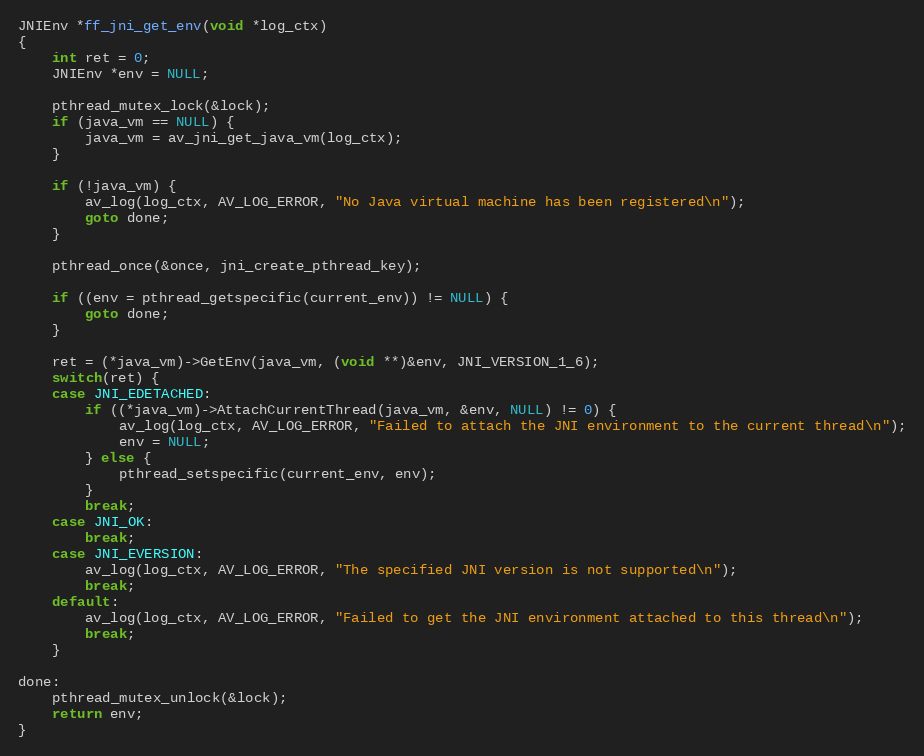
Language: C
JNIEnv *ff_jni_get_env(void *log_ctx)
{
    int ret = 0;
    JNIEnv *env = NULL;

    pthread_mutex_lock(&lock);
    if (java_vm == NULL) {
        java_vm = av_jni_get_java_vm(log_ctx);
    }

    if (!java_vm) {
        av_log(log_ctx, AV_LOG_ERROR, "No Java virtual machine has been registered\n");
        goto done;
    }

    pthread_once(&once, jni_create_pthread_key);

    if ((env = pthread_getspecific(current_env)) != NULL) {
        goto done;
    }

    ret = (*java_vm)->GetEnv(java_vm, (void **)&env, JNI_VERSION_1_6);
    switch(ret) {
    case JNI_EDETACHED:
        if ((*java_vm)->AttachCurrentThread(java_vm, &env, NULL) != 0) {
            av_log(log_ctx, AV_LOG_ERROR, "Failed to attach the JNI environment to the current thread\n");
            env = NULL;
        } else {
            pthread_setspecific(current_env, env);
        }
        break;
    case JNI_OK:
        break;
    case JNI_EVERSION:
        av_log(log_ctx, AV_LOG_ERROR, "The specified JNI version is not supported\n");
        break;
    default:
        av_log(log_ctx, AV_LOG_ERROR, "Failed to get the JNI environment attached to this thread\n");
        break;
    }

done:
    pthread_mutex_unlock(&lock);
    return env;
}